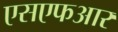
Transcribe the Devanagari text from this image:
एसएफआर